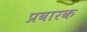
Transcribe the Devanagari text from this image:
प्रवारक